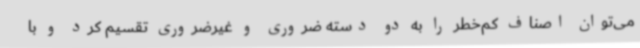
می‌توان اصناف کم‌خطر را به دو دسته ضروری و غیرضروری تقسیم کرد و با